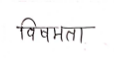
मजकूर: विषमता